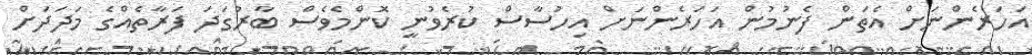
އަހަރެންނަށް އެތަން ފެނުމުން އަހަރެންނަށް އިހުސާސް ކުރެވުނީ ކޮންމެވެސް ބާރުގަދަ ފަރާތެއްގެ މަދަދަށް